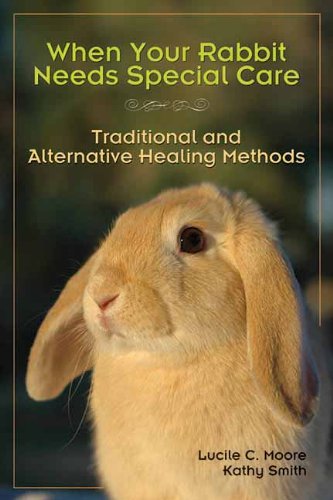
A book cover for When Your Rabbit Needs Special Care: Traditional and Alternative Healing Methods; Lucile C Moore; Crafts, Hobbies & Home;